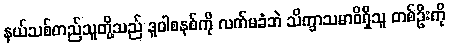
နယ်သစ်တည်သူတို့သည် ဒူဝါစနစ်ကို လက်မခံဘဲ သိက္ခာသမာဓိရှိသူ တစ်ဦးကို